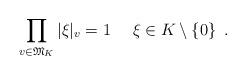
LaTeX: \begin{align*} \prod_{v\in {{\mathfrak{M}}}_K} |\xi|_v=1 \ \ \ \ \xi \in K\setminus\{0\}\enspace.\end{align*}